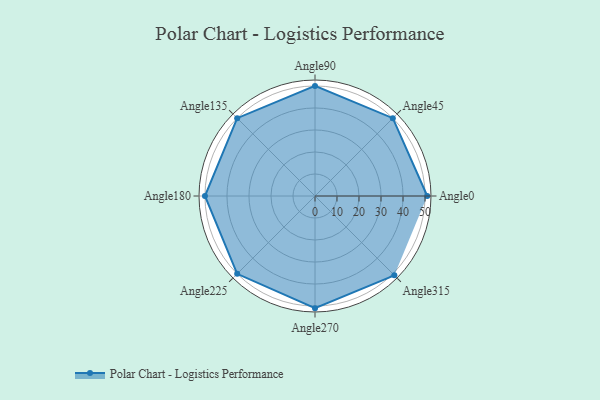
{"axis": {"x": "Angle", "y": "Radius"}, "legend": [""], "data": [{"x": "Angle0", "y": 51.0, "type": ""}, {"x": "Angle45", "y": 50, "type": ""}, {"x": "Angle90", "y": 50, "type": ""}, {"x": "Angle135", "y": 50, "type": ""}, {"x": "Angle180", "y": 50, "type": ""}, {"x": "Angle225", "y": 50, "type": ""}, {"x": "Angle270", "y": 51.0, "type": ""}, {"x": "Angle315", "y": 51.0, "type": ""}]}